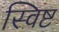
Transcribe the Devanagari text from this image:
स्विष्ट